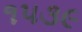
૧૫૩૯